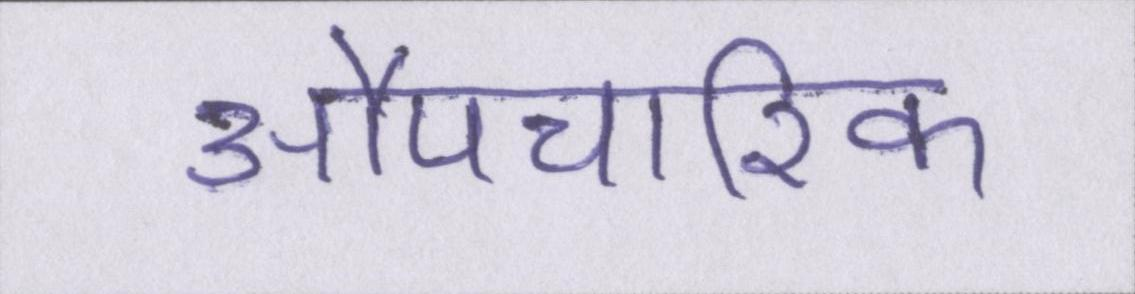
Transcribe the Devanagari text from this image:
औपचारिक